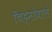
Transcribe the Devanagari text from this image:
चिह्नोंवाले